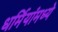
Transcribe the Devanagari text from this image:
धर्मियांमध्ये